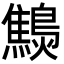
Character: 𪆔